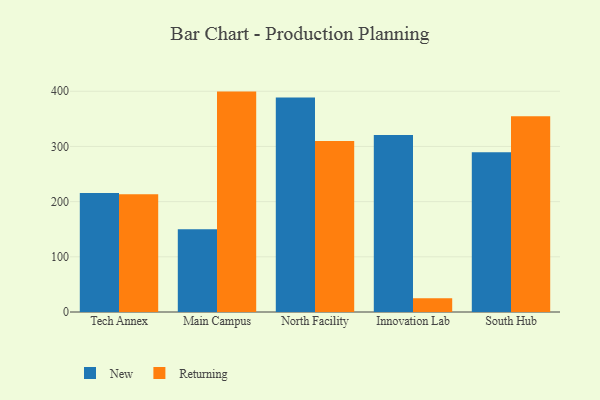
{"axis": {"x": "Campus", "y": "Page Views"}, "legend": ["New", "Returning"], "data": [{"x": "Tech Annex", "y": 215.8, "type": "New"}, {"x": "Tech Annex", "y": 213.4, "type": "Returning"}, {"x": "Main Campus", "y": 149.8, "type": "New"}, {"x": "Main Campus", "y": 399.4, "type": "Returning"}, {"x": "North Facility", "y": 388.7, "type": "New"}, {"x": "North Facility", "y": 310.1, "type": "Returning"}, {"x": "Innovation Lab", "y": 320.9, "type": "New"}, {"x": "Innovation Lab", "y": 24.8, "type": "Returning"}, {"x": "South Hub", "y": 289.5, "type": "New"}, {"x": "South Hub", "y": 354.6, "type": "Returning"}]}